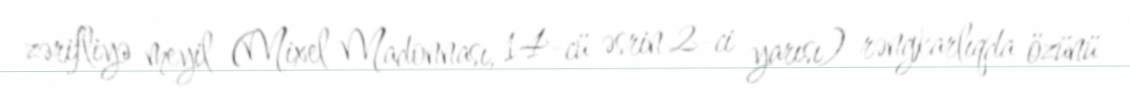
zərifliyə meyil (Mixel Madonnası, 14-cü əsrin 2-ci yarısı) rəngkarlıqda özünü